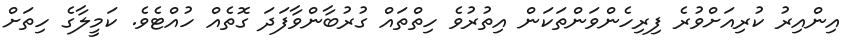
އިންއިރު ކުރިއަށްވުރެ ފިރިހެންވަންތަކަން އިތުރުވެ ހިތްތައް ގުރުބާންވާފަދަ ގޮތެއް ހުއްޓެވެ. ކަމީލާގެ ހިތަށް